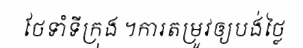
ថែទាំទីក្រុង ។ការតម្រូវឲ្យបង់ថ្លៃ